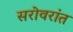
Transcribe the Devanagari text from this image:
सरोवरांत